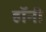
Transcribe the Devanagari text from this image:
हॉनी